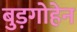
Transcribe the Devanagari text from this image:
बुड़गोहेन